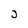
Character: J